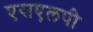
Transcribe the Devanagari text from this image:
एसएलपी